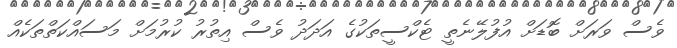
ވެސް ވަރަށް ބޮޑަށް އުފުލޭނެތީ ޓެކްސީތަކުގެ އަދަދު ވެސް އިތުރު ކުރުމަށް މަސައްކަތްތަކެއް